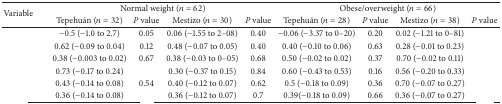
<table><thead><tr><td rowspan="2"><b>Variable</b></td><td colspan="4"><b>Normal weight (<i>n</i> = 62)</b></td><td colspan="4"><b>Obese/overweight (<i>n</i> = 66)</b></td></tr><tr><td><b>Tepehuán (<i>n</i> = 32)</b></td><td><b><i>P</i> value</b></td><td><b>Mestizo (<i>n</i> = 30)</b></td><td><b><i>P</i> value</b></td><td><b>Tepehuán (<i>n</i> = 28)</b></td><td><b><i>P</i> value</b></td><td><b>Mestizo (<i>n</i> = 38)</b></td><td><b><i>P</i> value</b></td></tr></thead><tbody><tr><td>[EMPTY_CELL]</td><td>−0.5 (−1.0 to 2.7)</td><td>0.05</td><td>0.06 (−1.55 to 2–08)</td><td>0.40</td><td>−0.06 (−3.37 to 0–20)</td><td>0.20</td><td>0.02 (−1.21 to 0–81)</td><td>[EMPTY_CELL]</td></tr><tr><td>[EMPTY_CELL]</td><td>0.62 (−0.09 to 0.04)</td><td>0.12</td><td>0.48 (−0.07 to 0.05)</td><td>0.40</td><td>0.40 (−0.10 to 0.06)</td><td>0.63</td><td>0.28 (−0.01 to 0.23)</td><td>[EMPTY_CELL]</td></tr><tr><td>[EMPTY_CELL]</td><td>0.38 (−0.003 to 0.02)</td><td>0.67</td><td>0.38 (−0.03 to 0–05)</td><td>0.68</td><td>0.50 (−0.02 to 0.02)</td><td>0.37</td><td>0.70 (−0.02 to 0.11)</td><td>[EMPTY_CELL]</td></tr><tr><td>[EMPTY_CELL]</td><td>0.73 (−0.17 to 0.24)</td><td>[EMPTY_CELL]</td><td>0.30 (−0.37 to 0.15)</td><td>0.84</td><td>0.60 (−0.43 to 0.53)</td><td>0.16</td><td>0.56 (−0.20 to 0.33)</td><td>[EMPTY_CELL]</td></tr><tr><td>[EMPTY_CELL]</td><td>0.43 (−0.14 to 0.08)</td><td>0.54</td><td>0.40 (−0.12 to 0.07)</td><td>0.62</td><td>0.5 (−0.18 to 0.09)</td><td>0.36</td><td>0.70 (−0.07 to 0.27)</td><td>[EMPTY_CELL]</td></tr><tr><td>[EMPTY_CELL]</td><td>0.36 (−0.14 to 0.08)</td><td>[EMPTY_CELL]</td><td>0.36 (−0.12 to 0.07)</td><td>0.7</td><td>0.39(−0.18 to 0.09)</td><td>0.66</td><td>0.36 (−0.07 to 0.27)</td><td>[EMPTY_CELL]</td></tr></tbody></table>